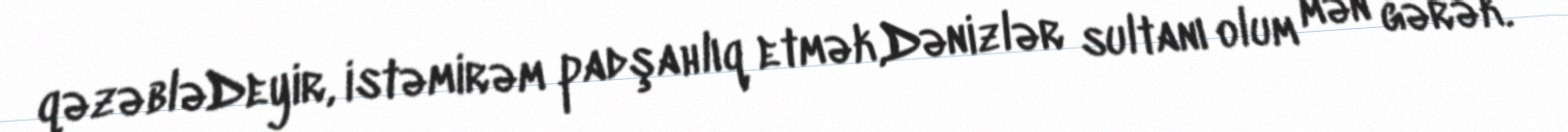
qəzəbləDeyir, istəmirəm padşahlıq etmək,Dənizlər sultanı olum mən gərək.